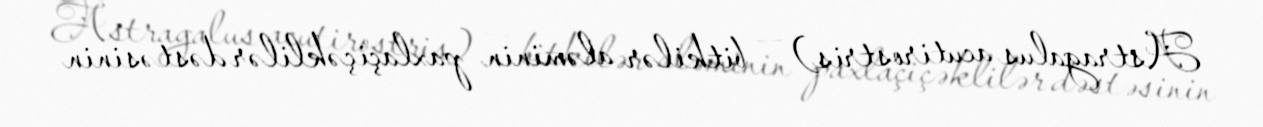
Astragalus acutirostris) — bitkilər aləminin paxlaçiçəklilər dəstəsinin